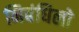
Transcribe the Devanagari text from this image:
निबंधिलो